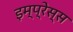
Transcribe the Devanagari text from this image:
इम्प्रेस्स